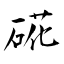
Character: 硴